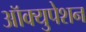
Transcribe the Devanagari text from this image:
ऑक्युपेशन